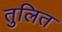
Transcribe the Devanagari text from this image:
तुलित